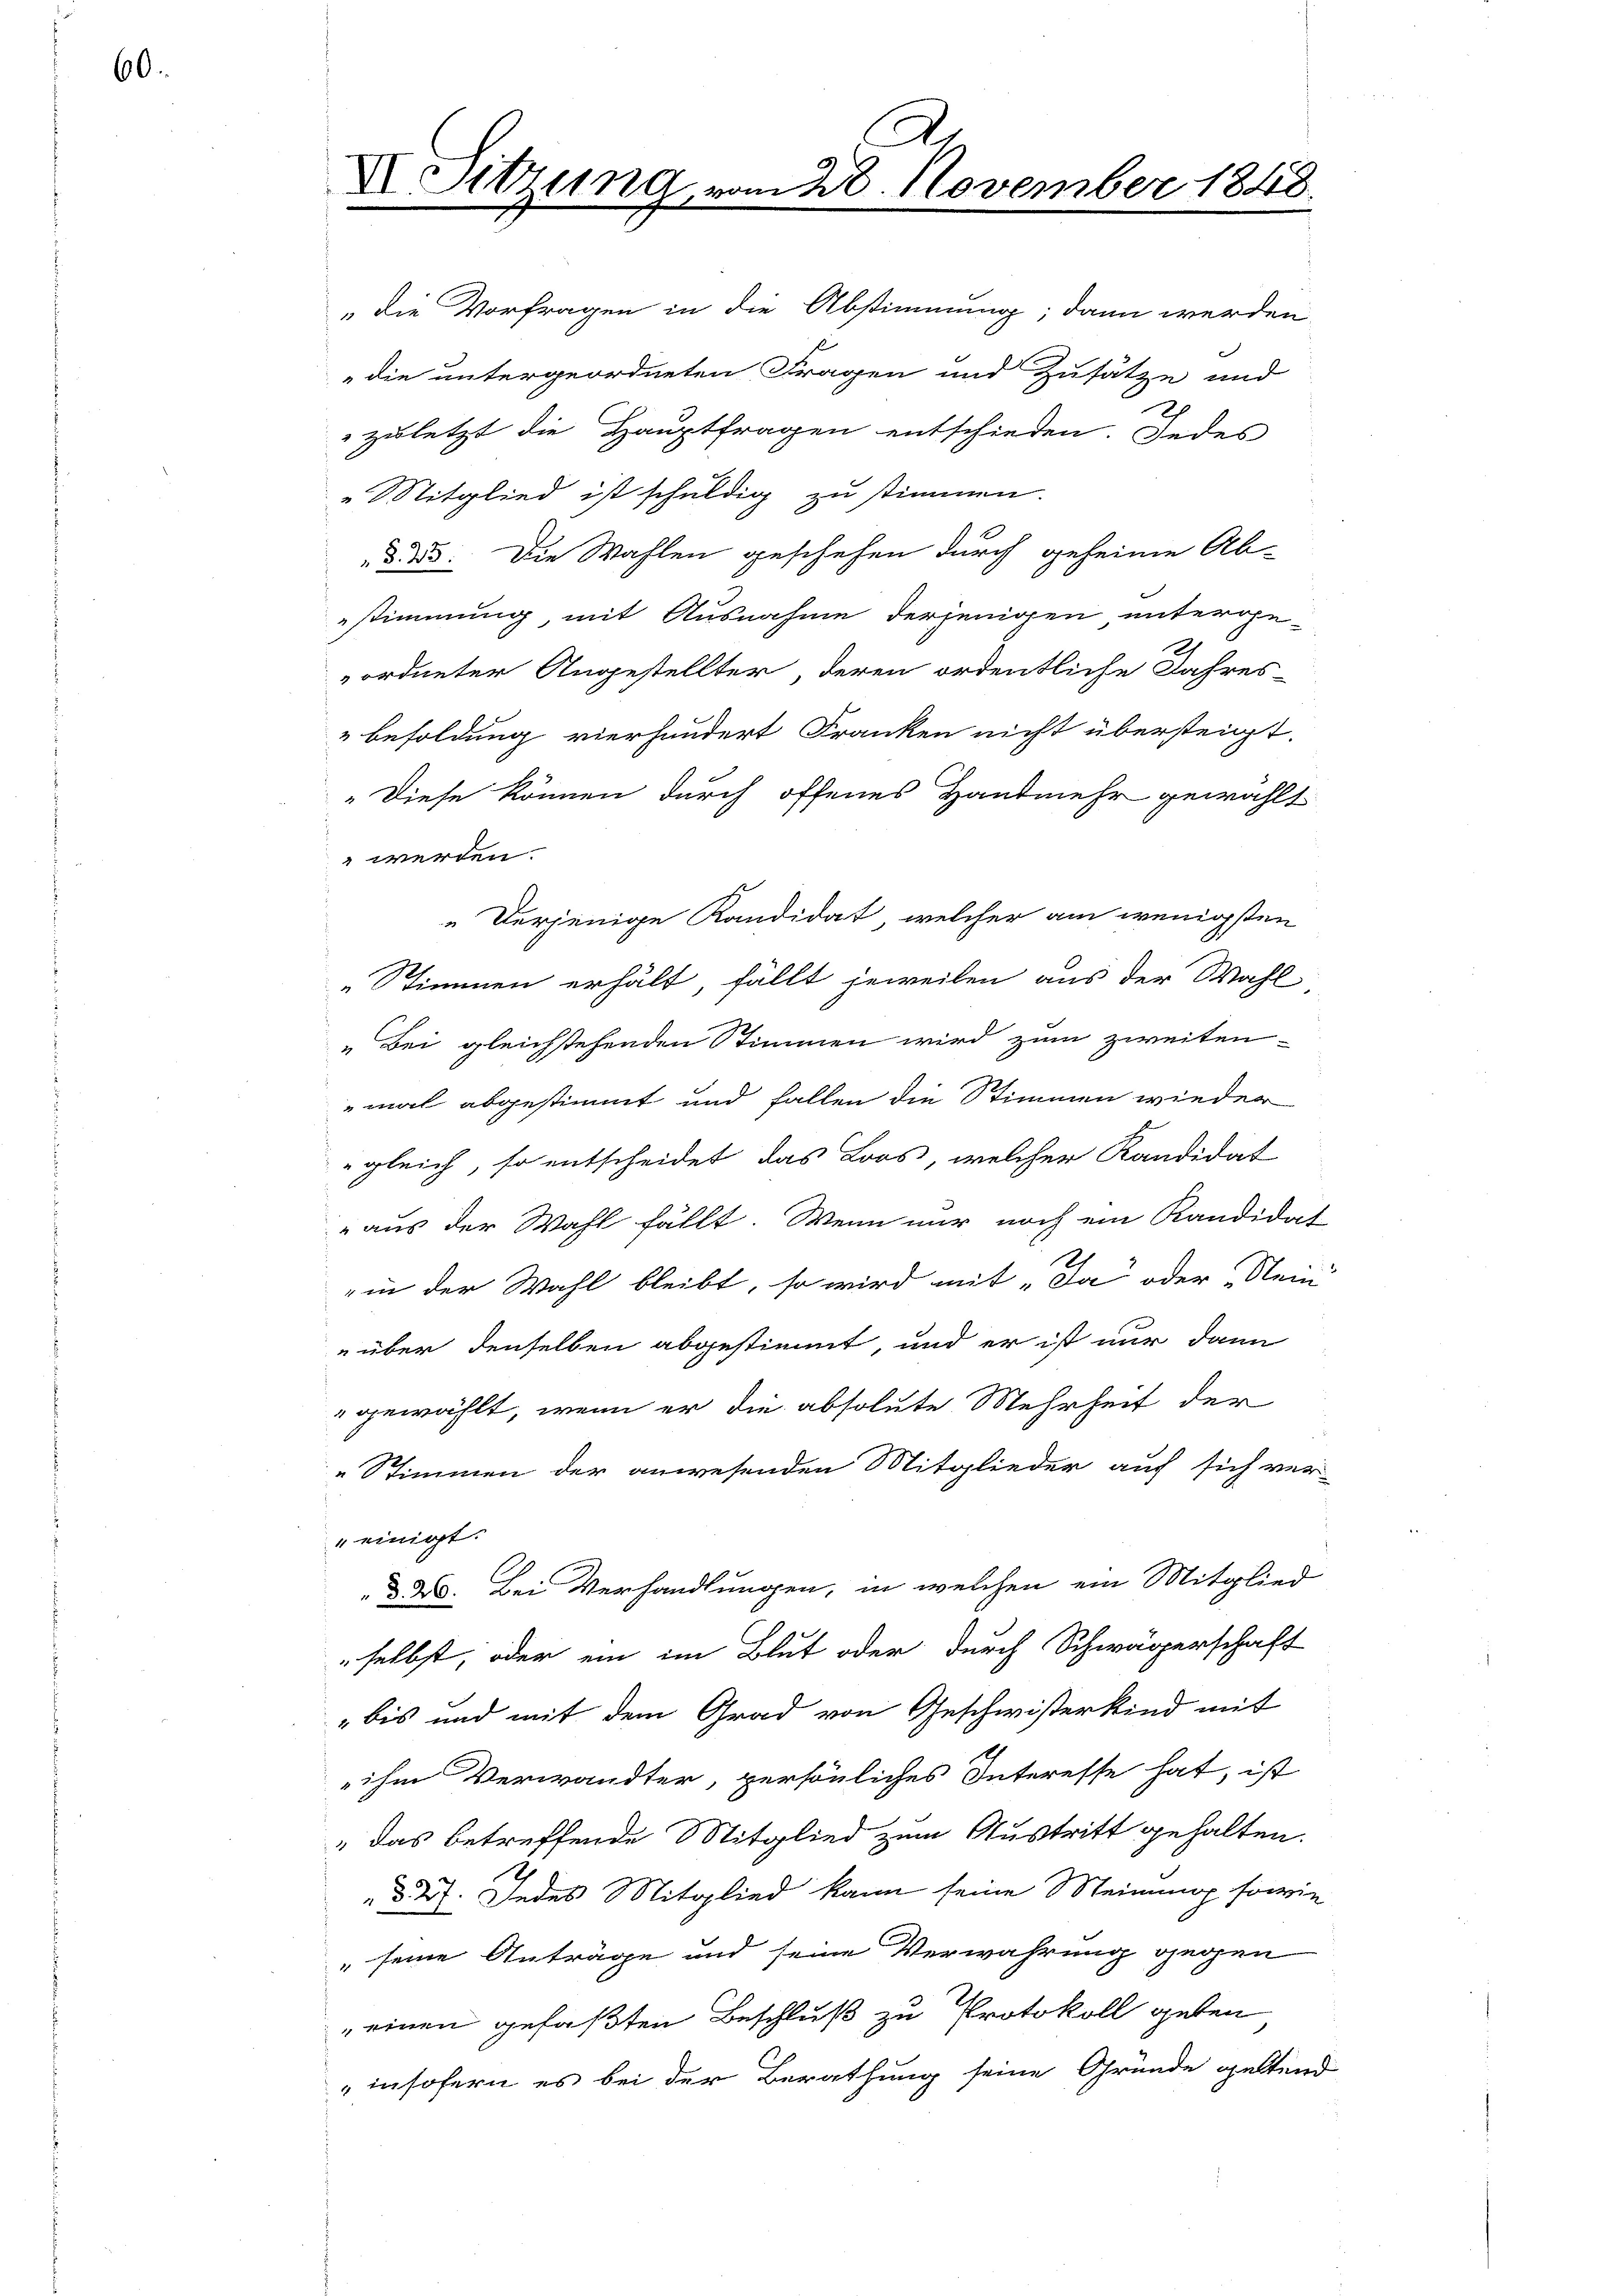
60.

A.
X Sitzung vom 28. November 1848.

zuletzt die Hauptfragen entschieden. Jedes
" Mitglied ist schuldig zu stimmen.
d. 23. Die Wahlen geschehen durch geheime Ab-
stimmung, mit Ausnahme derjenigen unterge-
ordneter Angestellter, deren ordentliche Jahres-
Besoldung vierhundert Franken nicht übersteigt.
Diese können durch offenes Hantmehr gewählt
 werden.
„Derjenige Kandidat, welcher am wenigsten
„Stimmen erhält, fällt jeweilen aus der Wahl
„Bei gleichstehenden Stimmen wird zum zweiten-
mal abgestimmt und fallen die Stimmen wieder
gleich, so entscheidet das Loos, welcher Kandidat
" aus der Wahl fällt. Wenn nur noch ein Kandidat
S
„in der Wahl bleibt, so wird mit „Da oder „Nein
über denselben abgestimmt, und er ist nur dann
gewählt, wenn er die absolute Mehrheit der
„Stimmen der anwesenden Mitglieder auf sich ver-
" einigt.
§. 2. Bei Verhandlungen, in welchen ein Mitglied
selbst, oder ein im Blut oder durch Schwägerschaft
bis und mit dem Grad von Geschwisterkind mit
ihm Verwandter, persönliches Interesse hat, ist
"das betreffende Mitglied zum Austritt gehalten.
d. 257. Indes Mitglied kann seine Meinung sowie
" seine Anträge und seine Verwahrung gegen
einen gefaßten Beschluß zu Protokoll geben
insofern es bei der Berathung seine Gründe geltend

"die Vorfragen in die Abstimmung; dann werden
"die untergeordneten Fragen und Zusätze und